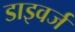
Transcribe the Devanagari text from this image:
डाइवर्ज